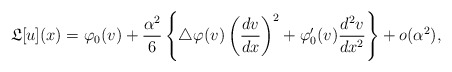
\begin{align*} \mathfrak{L}[u](x) = \varphi_{0}(v) + \frac{\alpha^{2}}{6}\left\{ \bigtriangleup\varphi(v)\left( \frac{dv}{dx} \right)^{2} + \varphi_{0}'(v)\frac{d^{2}v}{dx^{2}} \right\} + o(\alpha^{2}), \end{align*}